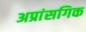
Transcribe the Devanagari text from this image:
अप्रांसगिक